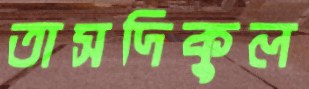
তাসদিকুল